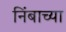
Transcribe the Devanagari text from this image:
निंबाच्या